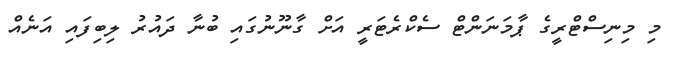
މި މިނިސްޓްރީގެ ޕާމަނަންޓް ސެކްރެޓަރީ އަށް ގާނޫނުގައި ބުނާ ދައުރު ލިބިފައި އަނެއް